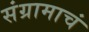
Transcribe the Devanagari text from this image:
संग्रामाचं